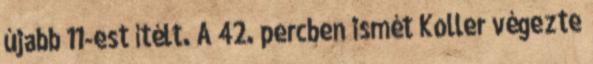
újabb 11-est ítélt. A 42. percben ismét Koller végezte